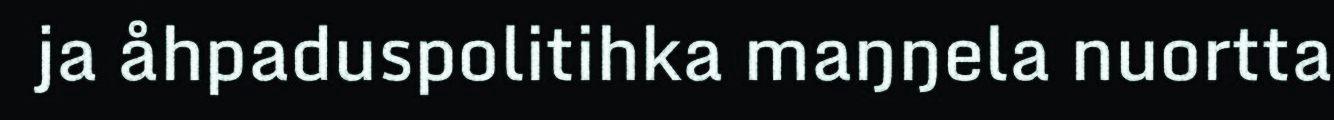
ja åhpaduspolitihka maŋŋela nuortta